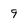
Character: 9